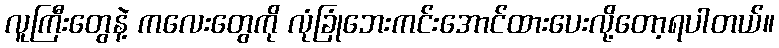
လူကြီးတွေနဲ့ ကလေးတွေကို လုံခြုံဘေးကင်းအောင်ထားပေးလို့တော့ရပါတယ်။